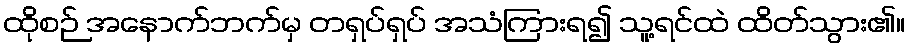
ထိုစဉ် အနောက်ဘက်မှ တရှပ်ရှပ် အသံကြားရ၍ သူ့ရင်ထဲ ထိတ်သွား၏။